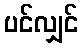
ပင်လျှင်